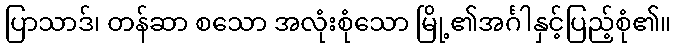
ပြာသာဒ်၊ တန်ဆာ စသော အလုံးစုံသော မြို့၏အင်္ဂါနှင့်ပြည့်စုံ၏။